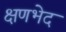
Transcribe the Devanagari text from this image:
क्षणभेद